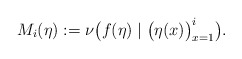
\begin{align*}M_i(\eta):= \nu \bigl( f(\eta) \mid \bigl(\eta(x)\bigr)_{x=1}^i \bigr).\end{align*}